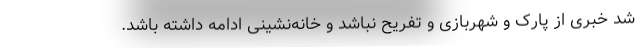
شد خبری از پارک و شهربازی و تفریح نباشد و خانه‌نشینی ادامه داشته باشد.